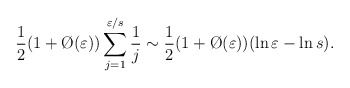
\begin{align*}\frac12(1+\O(\varepsilon))\sum_{j=1}^{\varepsilon/s}\frac1j\sim\frac12(1+\O(\varepsilon))(\ln\varepsilon-\ln s).\end{align*}